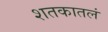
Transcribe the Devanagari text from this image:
शतकातलं